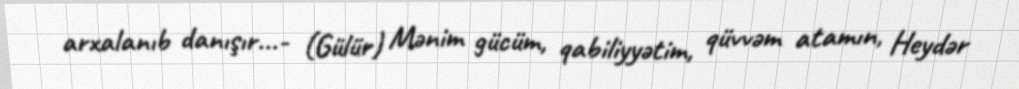
arxalanıb danışır...- (Gülür) Mənim gücüm, qabiliyyətim, qüvvəm atamın, Heydər